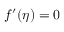
f ^ { \prime } ( \eta ) = 0